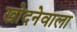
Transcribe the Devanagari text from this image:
खोदनेवाला